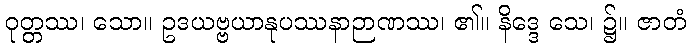
ဝုတ္တဿ၊ သော။ ဥဒယဗ္ဗယာနုပဿနာဉာဏဿ၊ ၏။ နိဒ္ဒေ သေ၊ ၌။ ဇာတံ